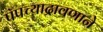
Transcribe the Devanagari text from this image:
पॅपच्याद्रावणाने